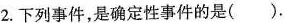
2.下列事件，是确定性事件的是( ).